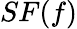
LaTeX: SF(f)